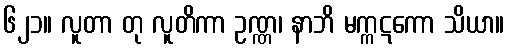
၆၂၁။ လူတာ တု လူတိကာ ဥဏ္ဏ၊ နာဘိ မက္ကဋကော သိယာ။